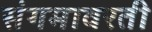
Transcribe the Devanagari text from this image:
संगमावरती